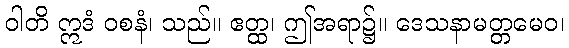
ဝါတိ ဣဒံ ဝစနံ၊ သည်။ ဧတ္ထ၊ ဤအရာ၌။ ဒေသနာမတ္တမေဝ၊